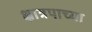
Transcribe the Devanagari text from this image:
क्षात्रपाच्या